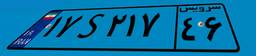
۷۰S۲۵۴۲۹